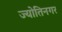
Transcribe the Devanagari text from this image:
ज्योतिनगर